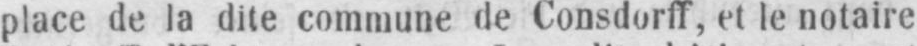
place de la dite commune de Consdorff, et le notaire